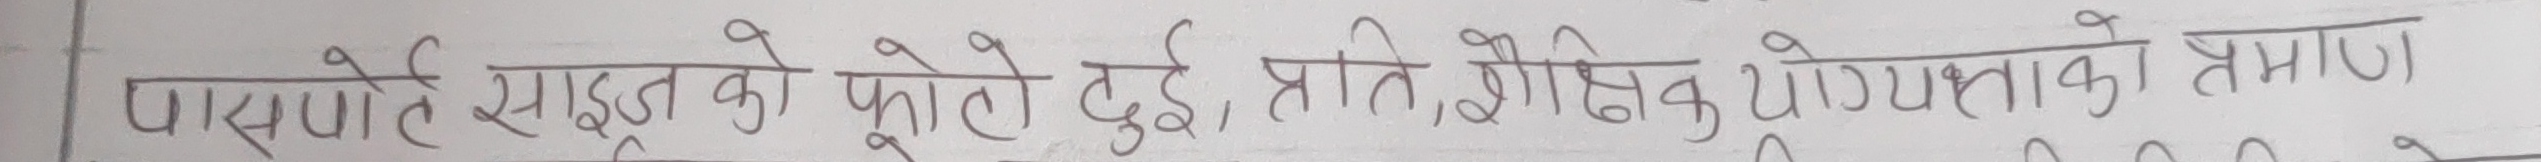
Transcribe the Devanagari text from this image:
पासपोर्ट साइज़को फोटो दुई, प्रति शैक्षिक योग्यताको प्रमाण